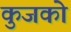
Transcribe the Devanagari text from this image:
कुजको